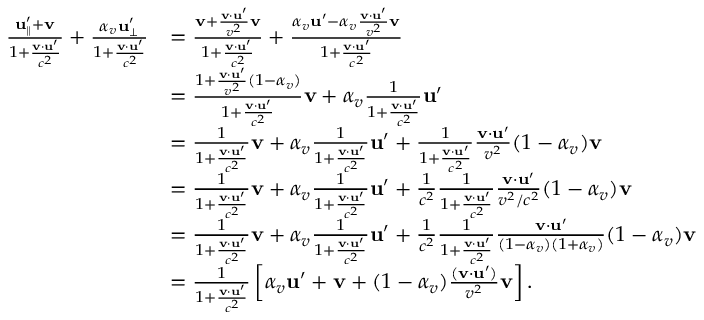
{ \begin{array} { r l } { { \frac { \mathbf { u } _ { \parallel } ^ { \prime } + \mathbf { v } } { 1 + { \frac { \mathbf { v } \cdot \mathbf { u } ^ { \prime } } { c ^ { 2 } } } } } + { \frac { \alpha _ { v } \mathbf { u } _ { \perp } ^ { \prime } } { 1 + { \frac { \mathbf { v } \cdot \mathbf { u } ^ { \prime } } { c ^ { 2 } } } } } } & { = { \frac { \mathbf { v } + { \frac { \mathbf { v } \cdot \mathbf { u } ^ { \prime } } { v ^ { 2 } } } \mathbf { v } } { 1 + { \frac { \mathbf { v } \cdot \mathbf { u } ^ { \prime } } { c ^ { 2 } } } } } + { \frac { \alpha _ { v } \mathbf { u } ^ { \prime } - \alpha _ { v } { \frac { \mathbf { v } \cdot \mathbf { u } ^ { \prime } } { v ^ { 2 } } } \mathbf { v } } { 1 + { \frac { \mathbf { v } \cdot \mathbf { u } ^ { \prime } } { c ^ { 2 } } } } } } \\ & { = { \frac { 1 + { \frac { \mathbf { v } \cdot \mathbf { u } ^ { \prime } } { v ^ { 2 } } } ( 1 - \alpha _ { v } ) } { 1 + { \frac { \mathbf { v } \cdot \mathbf { u } ^ { \prime } } { c ^ { 2 } } } } } \mathbf { v } + \alpha _ { v } { \frac { 1 } { 1 + { \frac { \mathbf { v } \cdot \mathbf { u } ^ { \prime } } { c ^ { 2 } } } } } \mathbf { u } ^ { \prime } } \\ & { = { \frac { 1 } { 1 + { \frac { \mathbf { v } \cdot \mathbf { u } ^ { \prime } } { c ^ { 2 } } } } } \mathbf { v } + \alpha _ { v } { \frac { 1 } { 1 + { \frac { \mathbf { v } \cdot \mathbf { u } ^ { \prime } } { c ^ { 2 } } } } } \mathbf { u } ^ { \prime } + { \frac { 1 } { 1 + { \frac { \mathbf { v } \cdot \mathbf { u } ^ { \prime } } { c ^ { 2 } } } } } { \frac { \mathbf { v } \cdot \mathbf { u } ^ { \prime } } { v ^ { 2 } } } ( 1 - \alpha _ { v } ) \mathbf { v } } \\ & { = { \frac { 1 } { 1 + { \frac { \mathbf { v } \cdot \mathbf { u } ^ { \prime } } { c ^ { 2 } } } } } \mathbf { v } + \alpha _ { v } { \frac { 1 } { 1 + { \frac { \mathbf { v } \cdot \mathbf { u } ^ { \prime } } { c ^ { 2 } } } } } \mathbf { u } ^ { \prime } + { \frac { 1 } { c ^ { 2 } } } { \frac { 1 } { 1 + { \frac { \mathbf { v } \cdot \mathbf { u } ^ { \prime } } { c ^ { 2 } } } } } { \frac { \mathbf { v } \cdot \mathbf { u } ^ { \prime } } { v ^ { 2 } / c ^ { 2 } } } ( 1 - \alpha _ { v } ) \mathbf { v } } \\ & { = { \frac { 1 } { 1 + { \frac { \mathbf { v } \cdot \mathbf { u } ^ { \prime } } { c ^ { 2 } } } } } \mathbf { v } + \alpha _ { v } { \frac { 1 } { 1 + { \frac { \mathbf { v } \cdot \mathbf { u } ^ { \prime } } { c ^ { 2 } } } } } \mathbf { u } ^ { \prime } + { \frac { 1 } { c ^ { 2 } } } { \frac { 1 } { 1 + { \frac { \mathbf { v } \cdot \mathbf { u } ^ { \prime } } { c ^ { 2 } } } } } { \frac { \mathbf { v } \cdot \mathbf { u } ^ { \prime } } { ( 1 - \alpha _ { v } ) ( 1 + \alpha _ { v } ) } } ( 1 - \alpha _ { v } ) \mathbf { v } } \\ & { = { \frac { 1 } { 1 + { \frac { \mathbf { v } \cdot \mathbf { u } ^ { \prime } } { c ^ { 2 } } } } } \left[ \alpha _ { v } \mathbf { u } ^ { \prime } + \mathbf { v } + ( 1 - \alpha _ { v } ) { \frac { ( \mathbf { v } \cdot \mathbf { u } ^ { \prime } ) } { v ^ { 2 } } } \mathbf { v } \right] . } \end{array} }